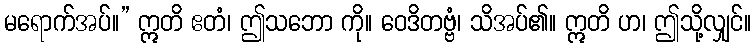
မရောက်အပ်။” ဣတိ ဧတံ၊ ဤသဘော ကို။ ဝေဒိတဗ္ဗံ၊ သိအပ်၏။ ဣတိ ဟ၊ ဤသို့လျှင်။